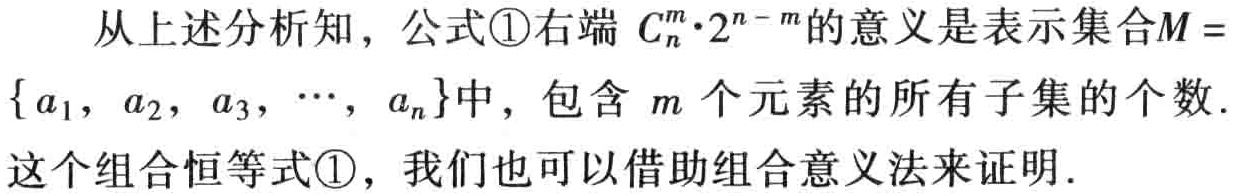
从上述分析知，公式\textcircled{1}右端 \(C_{n}^{m}\cdot 2^{n - m}\)的意义是表示集合\(M = \{a_{1}, a_{2}, a_{3}, \cdots, a_{n}\}\)中，包含 \(m\)个元素的所有子集的个数. 这个组合恒等式\textcircled{1}，我们也可以借助组合意义法来证明.